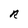
Character: R